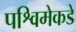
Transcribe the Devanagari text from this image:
पश्विमेकडे